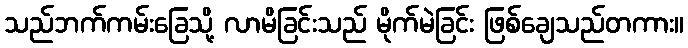
သည်ဘက်ကမ်းခြေသို့ လာမိခြင်းသည် မိုက်မဲခြင်း ဖြစ်ချေသည်တကား။